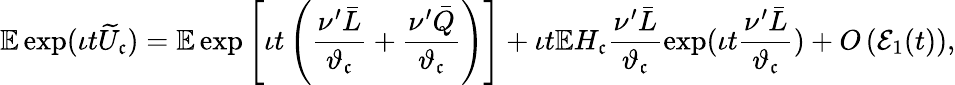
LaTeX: \mathbb{E}\exp(\iota t\widetilde{U}_{\mathfrak{c}})=\mathbb{E}\exp\left[\iota t\left(\frac{\nu^{\prime}\bar{L}}{\vartheta_{\mathfrak{c}}}+\frac{\nu^{\prime}\bar{Q}}{\vartheta_{\mathfrak{c}}}\right)\right]+\iota t\mathbb{E}H_{\mathfrak{c}}\frac{\nu^{\prime}\bar{L}}{\vartheta_{\mathfrak{c}}}\exp(\iota t\frac{\nu^{\prime}\bar{L}}{\vartheta_{\mathfrak{c}}})+O\left(\mathcal{E}_{1}(t)\right),